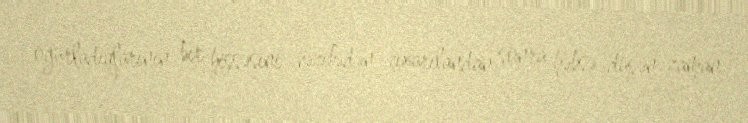
oğurladıqlarının bir hissəsini vəzifədən çıxarılandan sonra həbsə düşən zaman